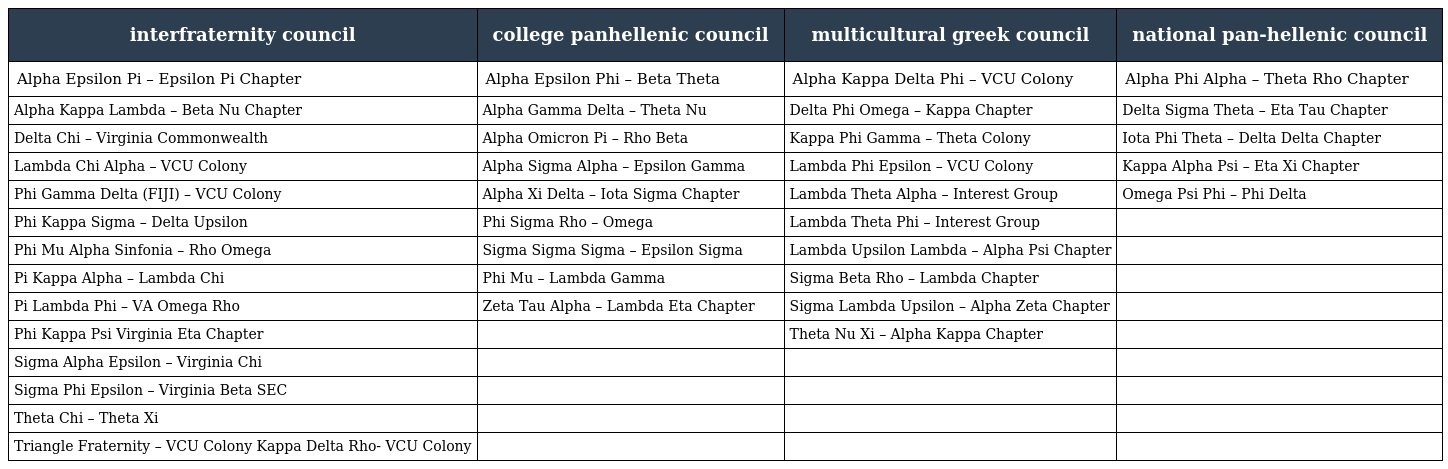
| interfraternity council | college panhellenic council | multicultural greek council | national pan-hellenic council |
 | --- | --- | --- | --- |
 | Alpha Epsilon Pi – Epsilon Pi Chapter | Alpha Epsilon Phi – Beta Theta | Alpha Kappa Delta Phi – VCU Colony | Alpha Phi Alpha – Theta Rho Chapter |
 | Alpha Kappa Lambda – Beta Nu Chapter | Alpha Gamma Delta – Theta Nu | Delta Phi Omega – Kappa Chapter | Delta Sigma Theta – Eta Tau Chapter |
 | Delta Chi – Virginia Commonwealth | Alpha Omicron Pi – Rho Beta | Kappa Phi Gamma – Theta Colony | Iota Phi Theta – Delta Delta Chapter |
 | Lambda Chi Alpha – VCU Colony | Alpha Sigma Alpha – Epsilon Gamma | Lambda Phi Epsilon – VCU Colony | Kappa Alpha Psi – Eta Xi Chapter |
 | Phi Gamma Delta (FIJI) – VCU Colony | Alpha Xi Delta – Iota Sigma Chapter | Lambda Theta Alpha – Interest Group | Omega Psi Phi – Phi Delta |
 | Phi Kappa Sigma – Delta Upsilon | Phi Sigma Rho – Omega | Lambda Theta Phi – Interest Group |  |
 | Phi Mu Alpha Sinfonia – Rho Omega | Sigma Sigma Sigma – Epsilon Sigma | Lambda Upsilon Lambda – Alpha Psi Chapter |  |
 | Pi Kappa Alpha – Lambda Chi | Phi Mu – Lambda Gamma | Sigma Beta Rho – Lambda Chapter |  |
 | Pi Lambda Phi – VA Omega Rho | Zeta Tau Alpha – Lambda Eta Chapter | Sigma Lambda Upsilon – Alpha Zeta Chapter |  |
 | Phi Kappa Psi Virginia Eta Chapter |  | Theta Nu Xi – Alpha Kappa Chapter |  |
 | Sigma Alpha Epsilon – Virginia Chi |  |  |  |
 | Sigma Phi Epsilon – Virginia Beta SEC |  |  |  |
 | Theta Chi – Theta Xi |  |  |  |
 | Triangle Fraternity – VCU Colony Kappa Delta Rho- VCU Colony |  |  |  |